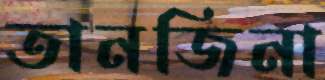
তানজিনা